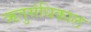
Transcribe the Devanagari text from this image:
ऋतुसंधिकाल